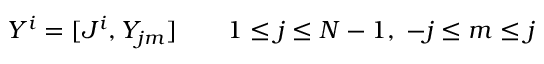
Y ^ { i } = [ J ^ { i } , Y _ { j m } ] \qquad 1 \le j \le N - 1 , \; - j \le m \le j